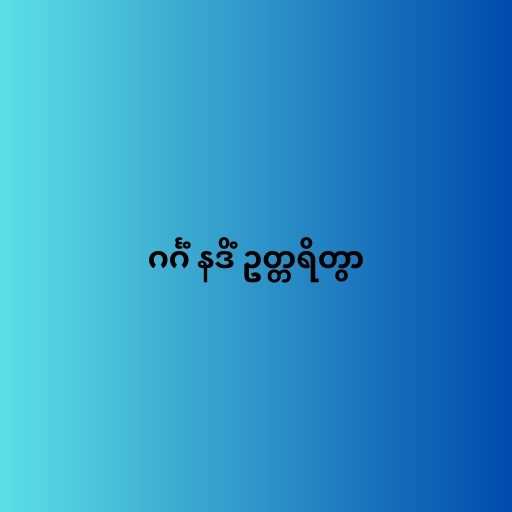
ဂင်္ဂံ နဒိံ ဥတ္တရိတွာ